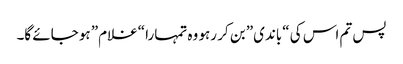
پس تم اس کی “باندی” بن کر رہو وہ تمہارا “غلام” ہو جائے گا۔